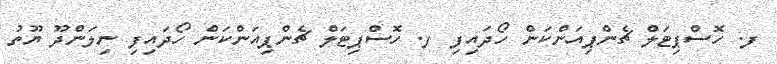
ފ. ހޮސްޕިޓަލް ޗެންޕިއަންކަން ހޯދައިފި ފ. ހޮސްޕިޓަލް ޗެންޕިއަންކަން ހޯދައިފި ނިލަންދޫ ޔޫތު